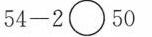
$$5 4 - 2 \circ 5 0$$